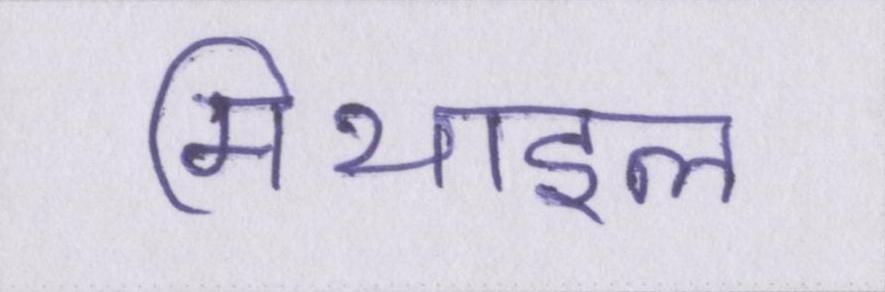
मिथाइल